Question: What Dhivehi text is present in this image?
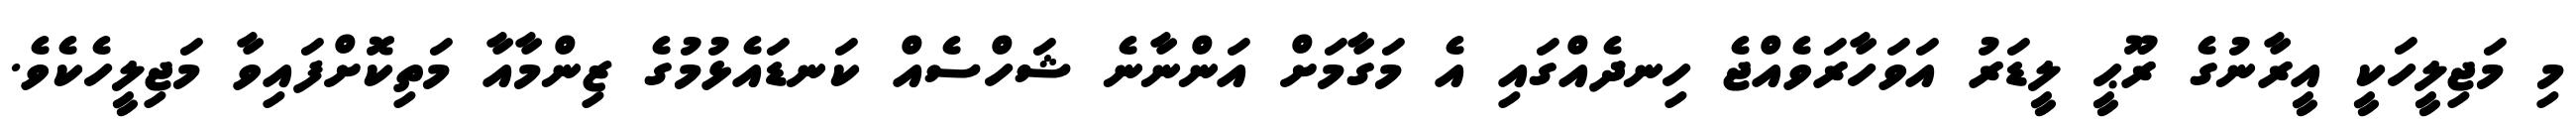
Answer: މި މަޖިލީހަކީ އީރާނުގެ ރޫޙީ ލީޑަރު އަވަހާރަވެއްޖެ ހިނދެއްގައި އެ މަގާމަށް އަންނާނެ ޝަހްސެއް ކަނޑައެޅުމުގެ ޒިންމާއާ މަތިކޮށްފައިވާ މަޖިލީހެކެވެ.